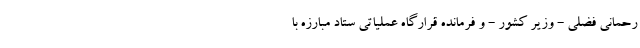
رحمانی فضلی - وزیر کشور - و فرمانده قرارگاه عملیاتی ستاد مبارزه با